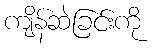
ကျိန်ဆဲခြင်းကို